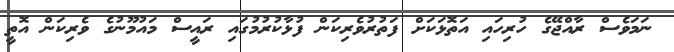
ނަމަވެސް ރާއްޖޭގެ ހުރިހައި އަތޮޅަކަށް ފަތުރުވެރިކަން ފުޅާކުރުމުގައި ރައީސް މައުމޫނުގެ ވެރިކަން އޮތީ